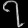
Digit: ၇